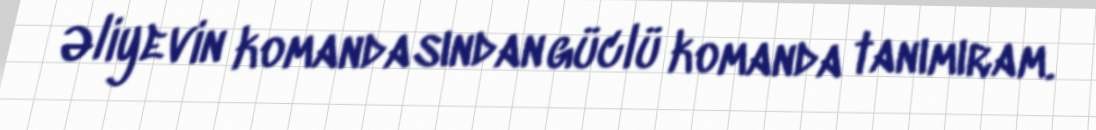
Əliyevin komandasından güclü komanda tanımıram.